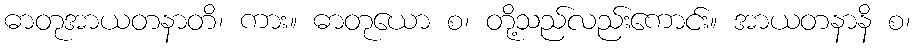
ဓာတုအာယတနာတိ၊ ကား။ ဓာတုယော စ၊ တို့သည်လည်းကောင်း။ အာယတနာနိ စ၊